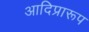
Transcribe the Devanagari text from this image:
आदिप्रारूप